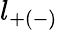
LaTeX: l_{+(-)}